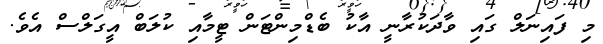
މި ފައިނަލް ގައި ވާދަކުރާނީ އާކު ބެޑްމިންޓަން ޓީމާއި ކުލަބް އީގަލްސް އެވެ.